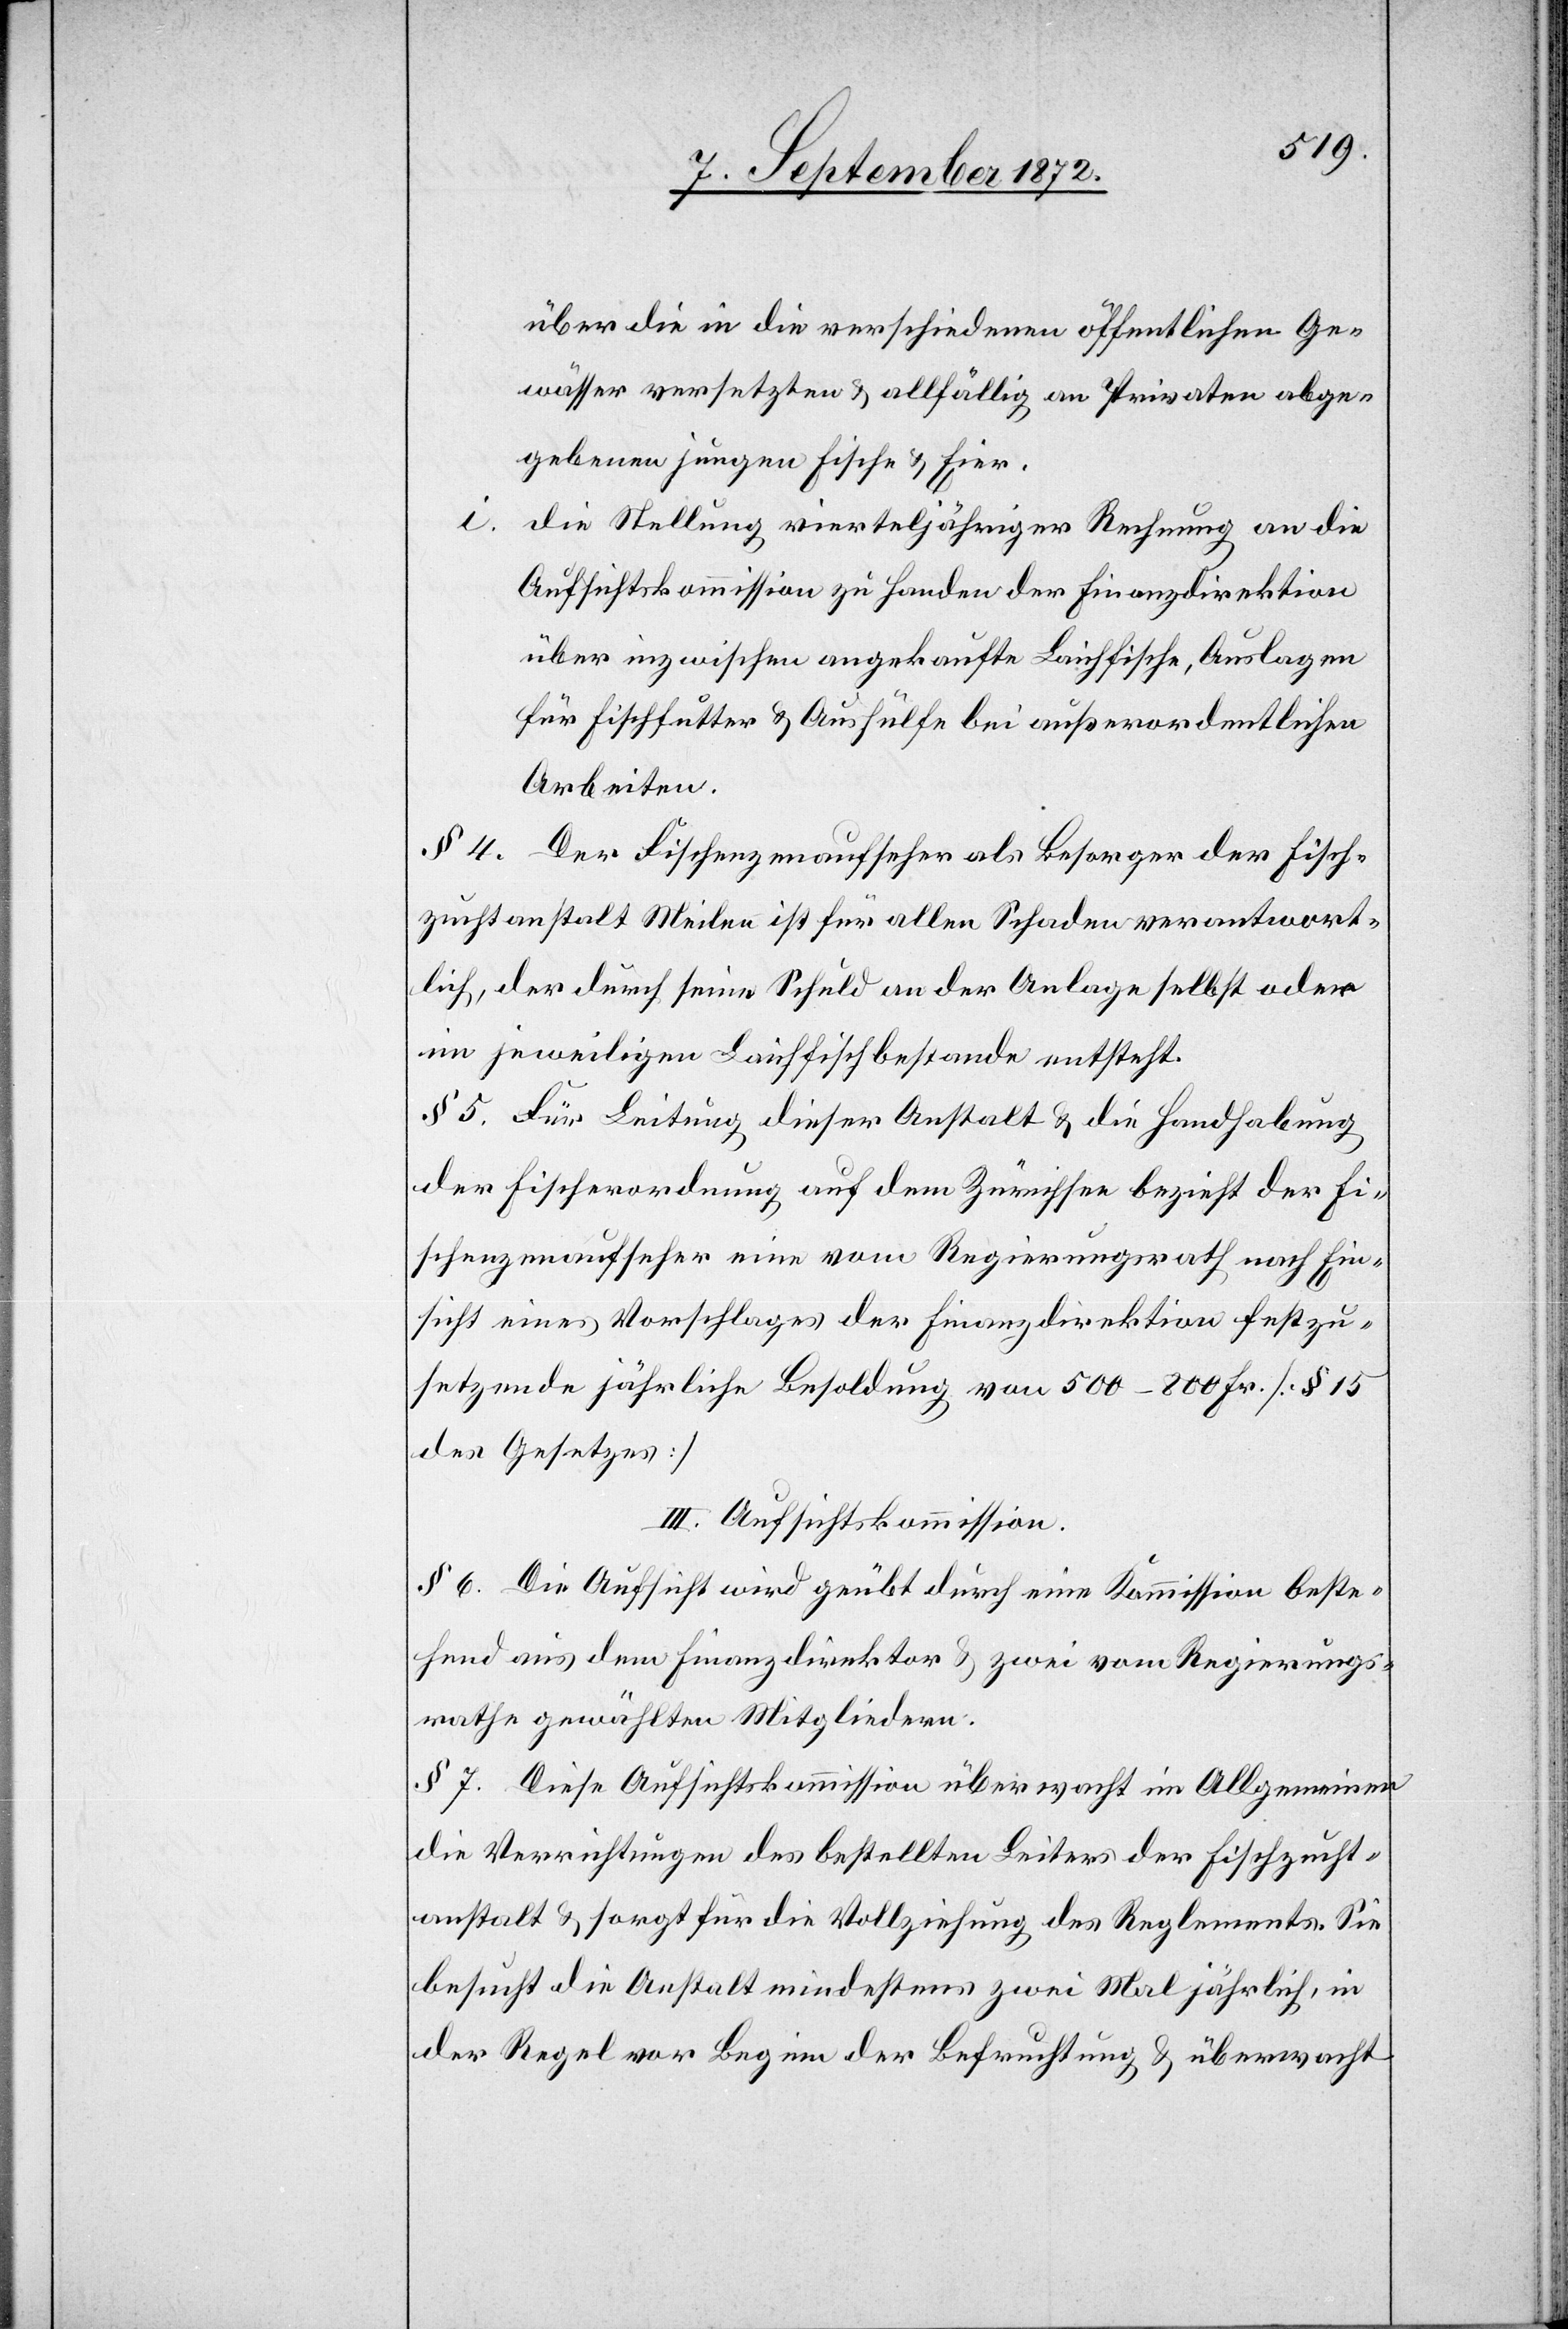
über die in die verschiedenen öffentlichen Ge¬
wässer versetzten u. allfällig an Privaten abge¬
gebenen jungen Fische u. Eier.
i.
die Stellung vierteljähriger Rechnung an die
Aufsichtskommission zu Handen der Finanzdirektion
über inzwischen angekaufte Laichfische, Auslagen
für Fischfutter u. Aushülfe bei außerordentlichen
Arbeiten.
§ 4. Der Fischenzenaufseher als Besorger der Fisch¬
zuchtanstalt Meilen ist für allen Schaden verantwort¬
lich, der durch seine Schuld an der Anlage selbst oder
im jeweiligen Laichfischbestande entsteht.
§ 5. Für Leitung dieser Anstalt u. die Handhabung
der Fischerordnung auf dem Zürichsee bezieht der Fi¬
schenzenaufseher eine vom Regierungsrath nach Ein¬
sicht eines Vorschlages der Finanzdirektion festzu¬
setzende jährliche Besoldung von 500–800 Fr. [§ 15
des Gesetzes]
III. Aufsichtskommission.
§ 6. Die Aufsicht wird geübt durch eine Kommission beste¬
hend aus dem Finanzdirektion u. zwei vom Regierungs¬
rathe gewählten Mitgliedern.
§ 7. Diese Aufsichtskommission übermacht im Allgemeinen
die Verrichtungen des bestellten Leiters der Fischzucht¬
anstalt u. sorgt für die Vollziehung des Reglements. Sie
besucht die Anstalt mindestens zwei Mal jährlich, in
der Regel vor Beginn der Befruchtung u. überwacht